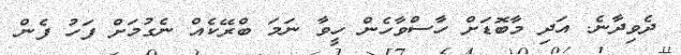
ދެވިދާނެ. އަދި މާބޮޑަށް ހާސްވާހެން ހީވާ ނަމަ ބްރޭކެއް ނެގުމަށް ފަހު ފެން